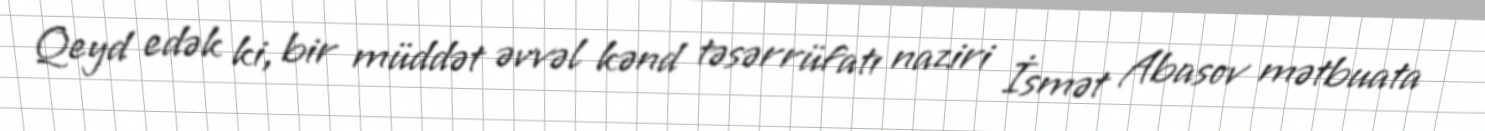
Qeyd edək ki, bir müddət əvvəl kənd təsərrüfatı naziri İsmət Abasov mətbuata